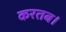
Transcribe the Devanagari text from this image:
करतब।